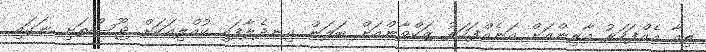
ތިއާ އެއްފަހަރު އާރިންއަށް އަނެއްފަހަރު ޒަކްވާންއަށް ބަލަން އިނދެލާފައި ކުއްލިއަކަށް ޖޫސްތަށި ނަގައި